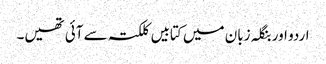
اردو اور بنگلہ زبان میں کتابیں کلکتہ سے آئی تھیں۔